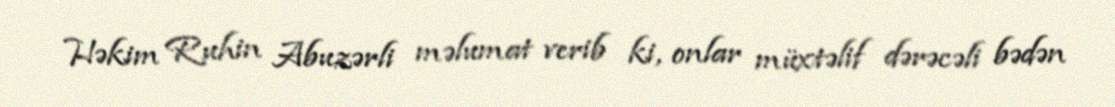
Həkim Ruhin Abuzərli məlumat verib ki, onlar müxtəlif dərəcəli bədən